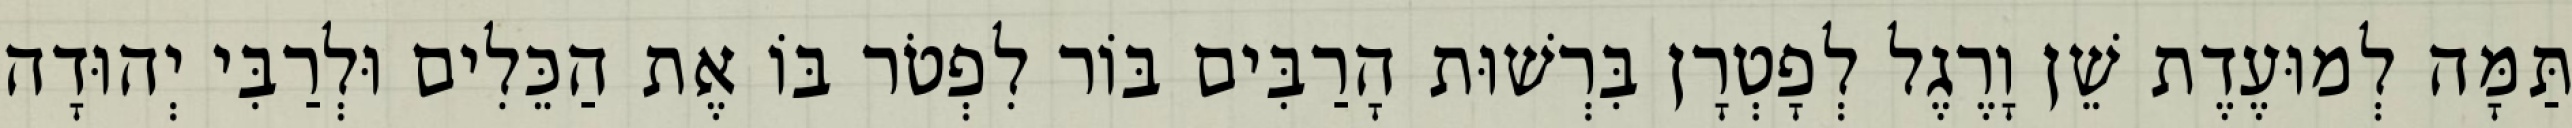
תַּמָּה לְמוּעֶדֶת שֵׁן וָרֶגֶל לְפָטְרָן בִּרְשׁוּת הָרַבִּים בּוֹר לִפְטֹר בּוֹ אֶת הַכֵּלִים וּלְרַבִּי יְהוּדָה